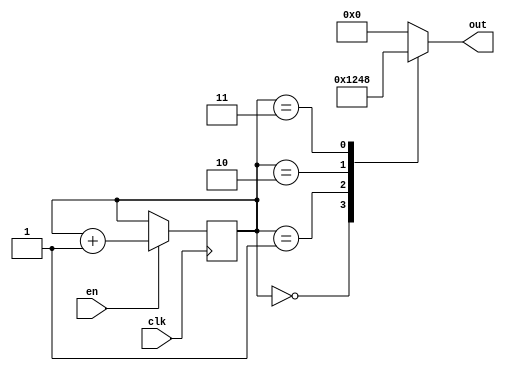
module RingCounter_with_Enable (
    input wire clk,
    input wire en,
    output reg [3:0] out
);

reg [3:0] count;

always @(posedge clk) begin
    if(en) begin
        count <= count + 1;
    end
end

always @* begin
    case(count)
        0: out = 4'b0001;
        1: out = 4'b0010;
        2: out = 4'b0100;
        3: out = 4'b1000;
        default: out = 4'b0000;
    endcase
end

endmodule